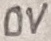
Text: 0V